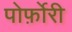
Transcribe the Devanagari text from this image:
पोर्फ़ोरी